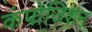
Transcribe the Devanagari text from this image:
कंपोजिशन